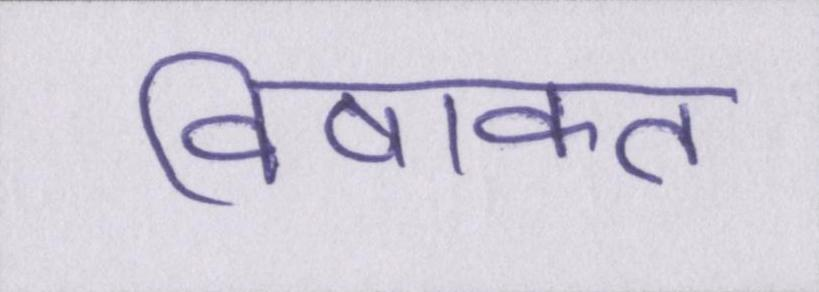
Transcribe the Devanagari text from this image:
विषाक्त